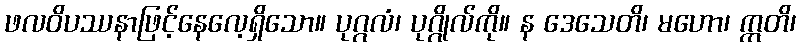
ဖလဝိပဿနာဖြင့်နေလေ့ရှိသော။ ပုဂ္ဂလံ၊ ပုဂ္ဂိုလ်ကို။ န ဒေသေတိ၊ မဟော၊ ဣတိ၊